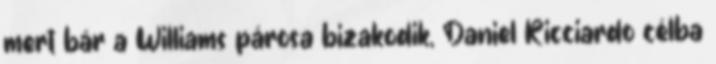
mert bár a Williams párosa bizakodik, Daniel Ricciardo célba